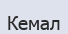
Кемал